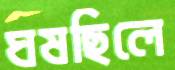
ঘষছিলে